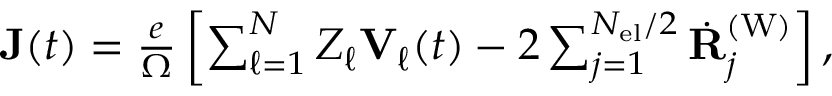
\begin{array} { r } { \mathbf { J } ( t ) = \frac { e } { \Omega } \left[ \sum _ { \ell = 1 } ^ { N } Z _ { \ell } \mathbf { V } _ { \ell } ( t ) - 2 \sum _ { j = 1 } ^ { N _ { \mathrm { e l } } / 2 } \dot { \mathbf { R } } _ { j } ^ { \mathrm { ( W ) } } \right] , } \end{array}